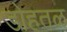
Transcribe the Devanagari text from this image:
डोहतळ